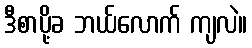
ဒီစာပို့ခ ဘယ်လောက် ကျလဲ။